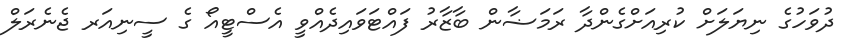
ދުވަހުގެ ނިޔަލަށް ކުރިއަށްގެންދާ ރަމަޟާން ބާޒާރު ފައްޓަވައިދެއްވީ އެސްޓީއޯ ގެ ސީނިއަރ ޖެނެރަލް